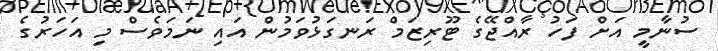
ސުނާމީ އަށް ފަހު ރާއްޖޭގެ ޓޫރިޒަމް ރަނގަޅުވަމުން އައި ނަމަވެސް މި އަހަރުގެ